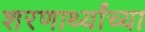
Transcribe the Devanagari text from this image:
शरणार्थ्यांच्या